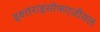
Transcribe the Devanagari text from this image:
इक्ष्तराइसोफएजीयल